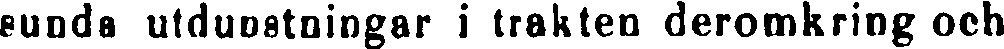
sunda utdunstningar i trakten deromkring och